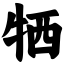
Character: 牺